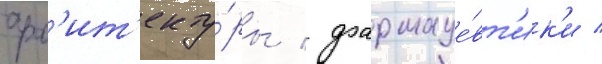
арх'ит'екту́ры / фармаце́вт'ик'и /